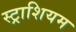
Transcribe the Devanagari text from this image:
स्ट्राशियम